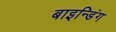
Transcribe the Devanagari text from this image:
बाइन्डिंग